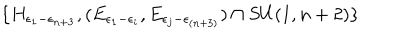
LaTeX: \{ H _ { \epsilon _ { 1 } - \epsilon _ { n + 3 } } , ( E _ { \epsilon _ { 1 } - \epsilon _ { i } } , E _ { \epsilon _ { j } - \epsilon _ { ( n + 3 ) } } ) \cap S U ( 1 , n + 2 ) \}